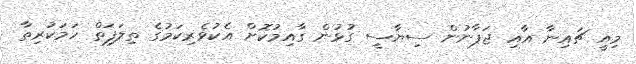
މިއީ ޗައިނާ އާއި ޖަޕާނުން ސިޔާސީ ގުޅުން ގާއިމުކޮށް އެކުވެރިކަމުގެ ތިލަފަތް ހަމަކުރިތާ